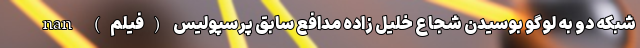
شبکه دو به لوگو بوسیدن شجاع خلیل زاده مدافع سابق پرسپولیس (فیلم) nan